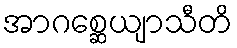
အာဂစ္ဆေယျာသီတိ